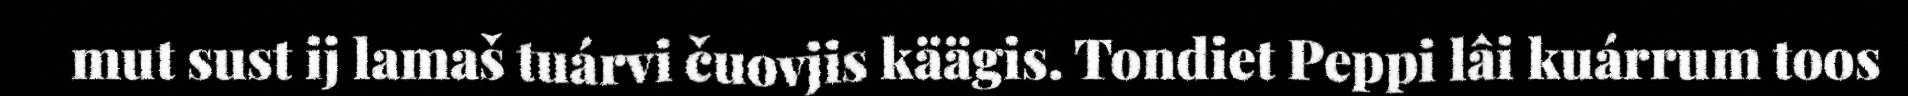
mut sust ij lamaš tuárvi čuovjis käägis. Tondiet Peppi lâi kuárrum toos